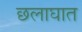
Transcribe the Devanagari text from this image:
छलाघात